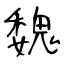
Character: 魏